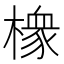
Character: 𱤘